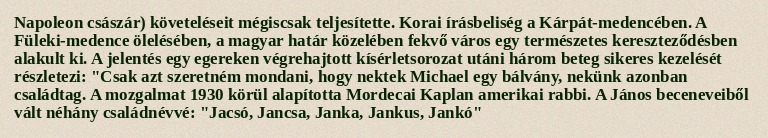
Napoleon császár) követeléseit mégiscsak teljesítette. Korai írásbeliség a Kárpát-medencében. A Füleki-medence ölelésében, a magyar határ közelében fekvő város egy természetes kereszteződésben alakult ki. A jelentés egy egereken végrehajtott kísérletsorozat utáni három beteg sikeres kezelését részletezi: "Csak azt szeretném mondani, hogy nektek Michael egy bálvány, nekünk azonban családtag. A mozgalmat 1930 körül alapította Mordecai Kaplan amerikai rabbi. A János beceneveiből vált néhány családnévvé: "Jacsó, Jancsa, Janka, Jankus, Jankó"